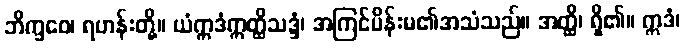
ဘိက္ခဝေ၊ ရဟန်းတို့။ ယံဣဒံဣတ္ထိသဒ္ဒံ၊ အကြင်မိန်းမ၏အသံသည်။ အတ္ထိ၊ ရှိ၏။ ဣဒံ၊